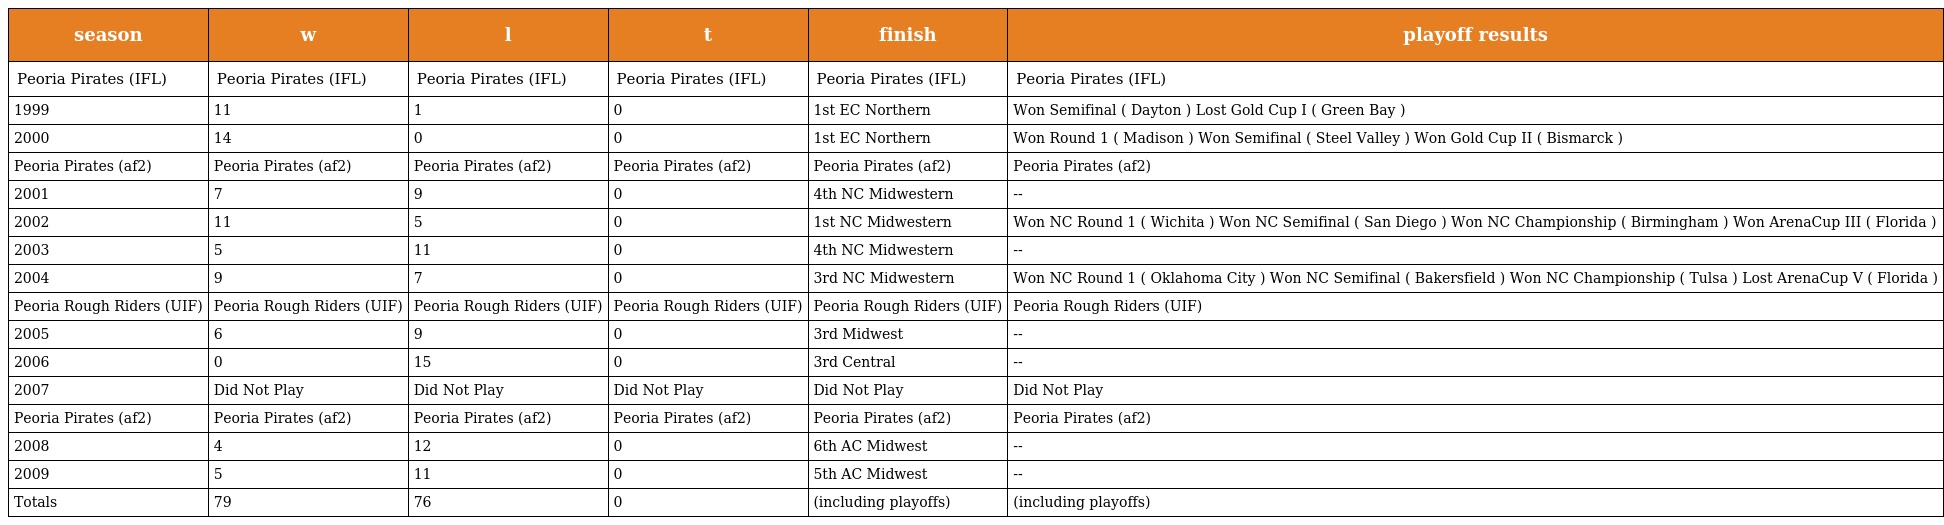
| season | w | l | t | finish | playoff results |
 | --- | --- | --- | --- | --- | --- |
 | Peoria Pirates (IFL) | Peoria Pirates (IFL) | Peoria Pirates (IFL) | Peoria Pirates (IFL) | Peoria Pirates (IFL) | Peoria Pirates (IFL) |
 | 1999 | 11 | 1 | 0 | 1st EC Northern | Won Semifinal ( Dayton ) Lost Gold Cup I ( Green Bay ) |
 | 2000 | 14 | 0 | 0 | 1st EC Northern | Won Round 1 ( Madison ) Won Semifinal ( Steel Valley ) Won Gold Cup II ( Bismarck ) |
 | Peoria Pirates (af2) | Peoria Pirates (af2) | Peoria Pirates (af2) | Peoria Pirates (af2) | Peoria Pirates (af2) | Peoria Pirates (af2) |
 | 2001 | 7 | 9 | 0 | 4th NC Midwestern | -- |
 | 2002 | 11 | 5 | 0 | 1st NC Midwestern | Won NC Round 1 ( Wichita ) Won NC Semifinal ( San Diego ) Won NC Championship ( Birmingham ) Won ArenaCup III ( Florida ) |
 | 2003 | 5 | 11 | 0 | 4th NC Midwestern | -- |
 | 2004 | 9 | 7 | 0 | 3rd NC Midwestern | Won NC Round 1 ( Oklahoma City ) Won NC Semifinal ( Bakersfield ) Won NC Championship ( Tulsa ) Lost ArenaCup V ( Florida ) |
 | Peoria Rough Riders (UIF) | Peoria Rough Riders (UIF) | Peoria Rough Riders (UIF) | Peoria Rough Riders (UIF) | Peoria Rough Riders (UIF) | Peoria Rough Riders (UIF) |
 | 2005 | 6 | 9 | 0 | 3rd Midwest | -- |
 | 2006 | 0 | 15 | 0 | 3rd Central | -- |
 | 2007 | Did Not Play | Did Not Play | Did Not Play | Did Not Play | Did Not Play |
 | Peoria Pirates (af2) | Peoria Pirates (af2) | Peoria Pirates (af2) | Peoria Pirates (af2) | Peoria Pirates (af2) | Peoria Pirates (af2) |
 | 2008 | 4 | 12 | 0 | 6th AC Midwest | -- |
 | 2009 | 5 | 11 | 0 | 5th AC Midwest | -- |
 | Totals | 79 | 76 | 0 | (including playoffs) | (including playoffs) |